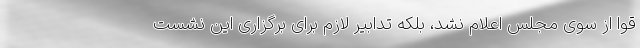
قوا از سوی مجلس اعلام نشد، بلکه تدابیر لازم برای برگزاری این نشست